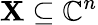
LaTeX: \mathbf{X}\subseteq\mathbb{{C}}^{n}